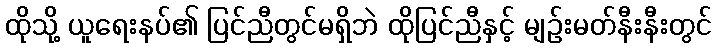
ထိုသို့ ယူရေးနပ်၏ ပြင်ညီတွင်မရှိဘဲ ထိုပြင်ညီနှင့် မျဉ်းမတ်နီးနီးတွင်